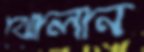
ঝোলান